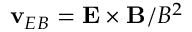
\mathbf { v } _ { E B } = \mathbf { E } \times \mathbf { B } / B ^ { 2 }